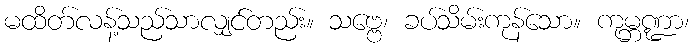
မထိတ်လန့်သည်သာလျှင်တည်း။ သဗ္ဗေ၊ ခပ်သိမ်းကုန်သော။ ကုမ္ဘဏ္ဍာ၊